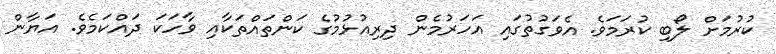
ކުރުމަށް ލޯބި ކުރަމަވެ. އެވަގުތުގައި އަހަރުމެން ދިރިއުޅުމުގެ ކަންތައްތަކާއި ވާހަކަ ދައްކަމެވެ. އަޔާން